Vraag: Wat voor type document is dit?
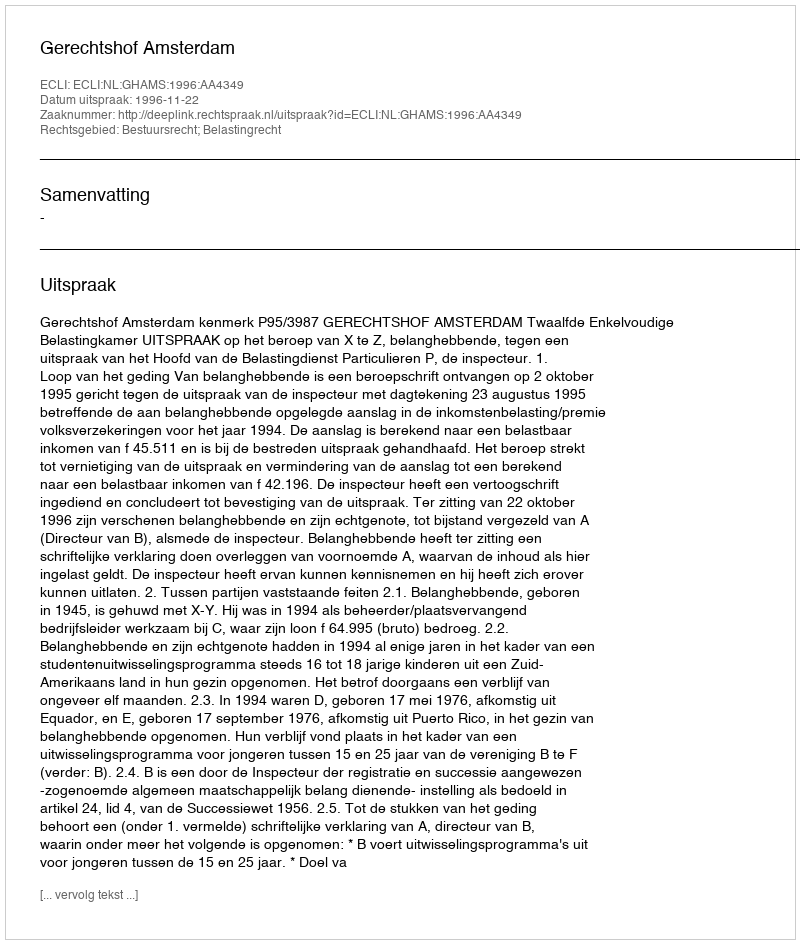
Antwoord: Uitspraak